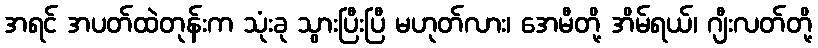
အရင် အပတ်ထဲတုန်းက သုံးခု သွားပြီးပြီ မဟုတ်လား၊ အေမီတို့ အိမ်ရယ်၊ ဂျီးလတ်တို့